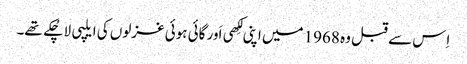
اِس سے قبل وہ 1968 میں اپنی لِکھی اَور گائی ہوئی غزلوں کی ایلپی لا چُکے تھے۔